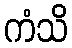
ကံသိ